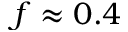
f \approx 0 . 4